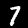
Label: 7